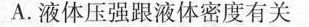
A.液体压强跟液体密度有关